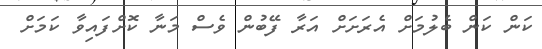
ކަން ކަން ބެލުމަށް އެރަށަށް އަރާ ފޭބުން ވެސް މަނާ ކޮށްފައިވާ ކަމަށް